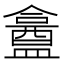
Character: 盫